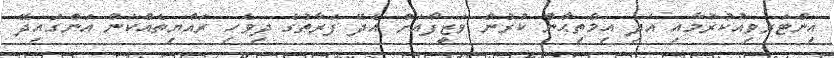
އިންޓަރވިއުކުރުމާއި އަދި އިމްތިޙާން ކުރުން ވަޒީފާއަށް އެދޭ ފަރާތުގެ ދިވެހި ރައްޔިތެއްކަން އަންގައިދޭ